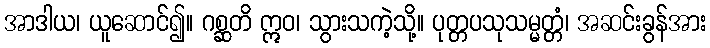
အာဒါယ၊ ယူဆောင်၍။ ဂစ္ဆတိ ဣဝ၊ သွားသကဲ့သို့။ ပုတ္တပသုသမ္မတ္တံ၊ အဆင်းခွန်အား